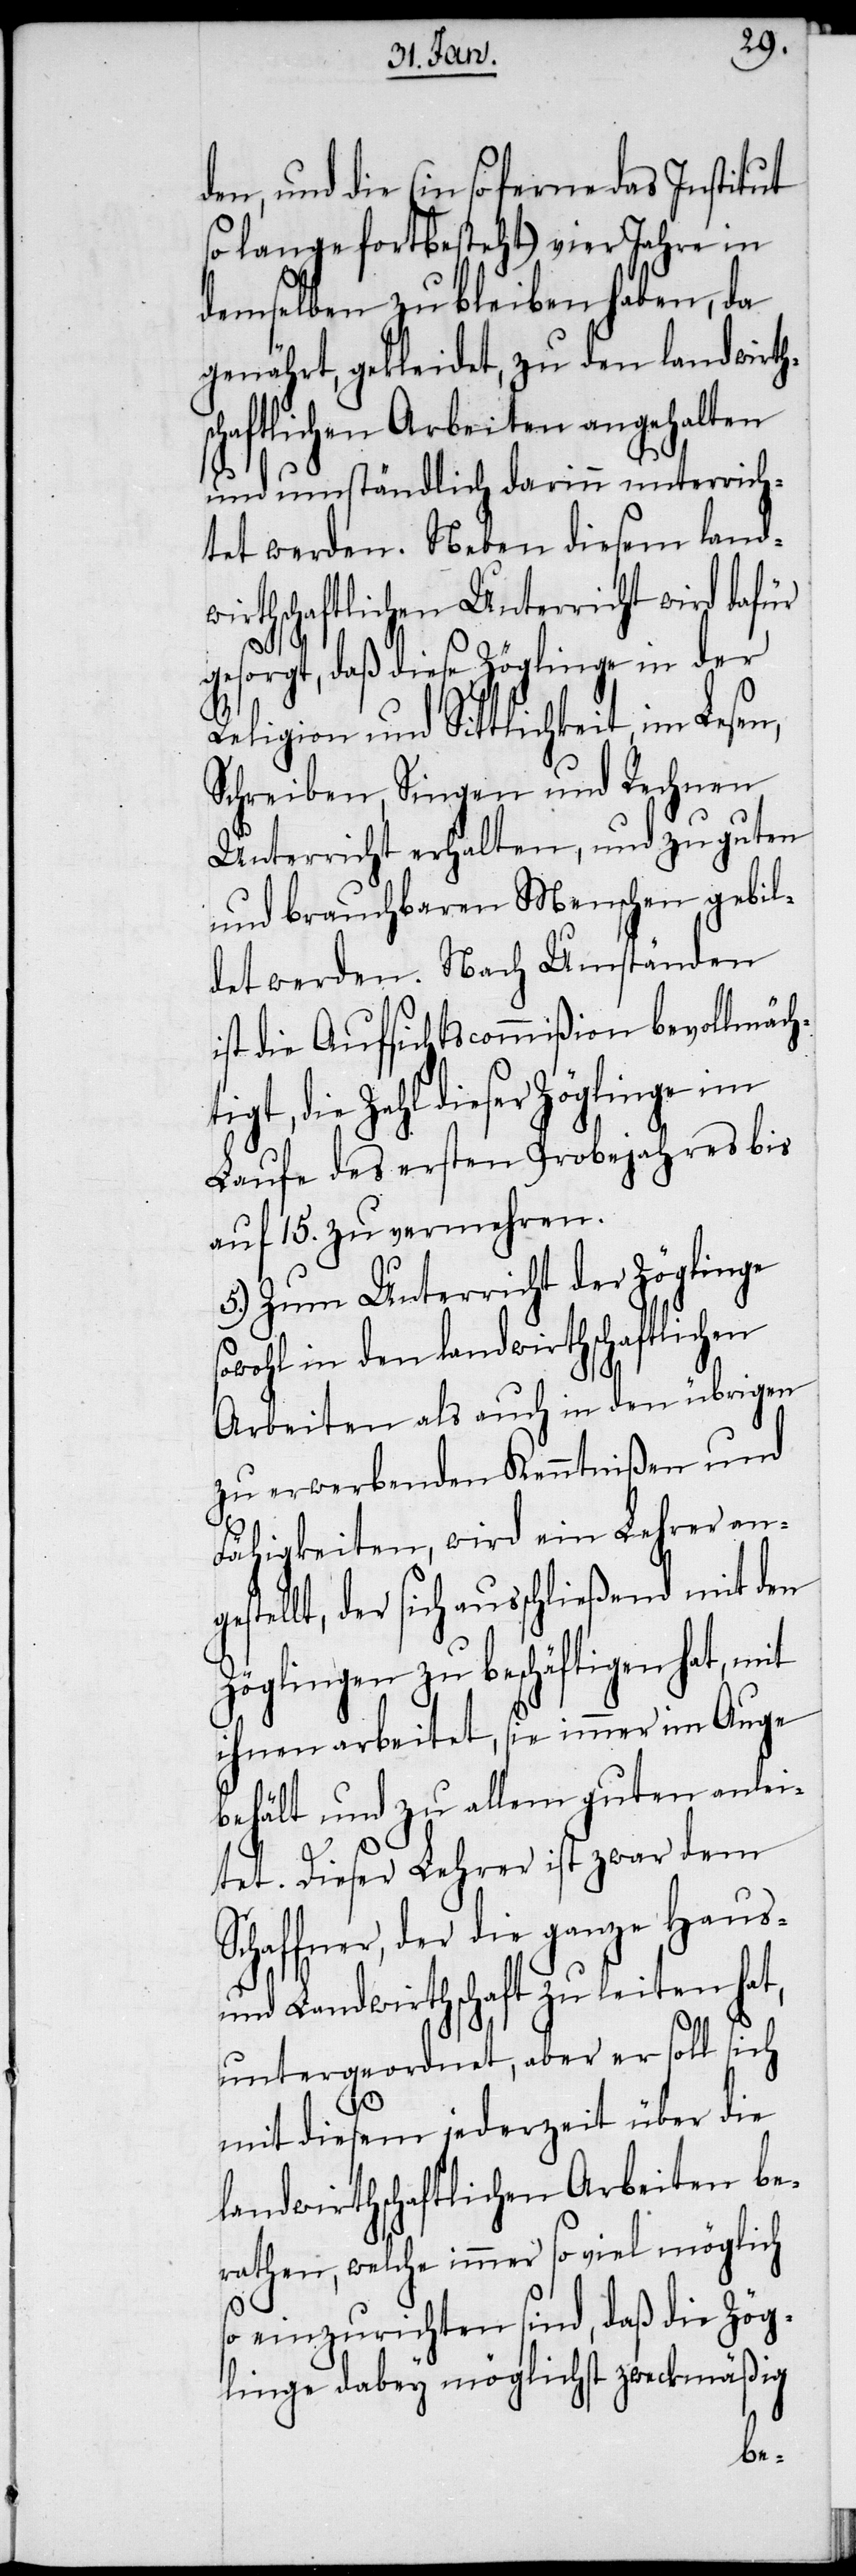
den, und die (in so ferne das Institut
so lange fortbesteht) vier Jahre in
demselben zu bleiben haben, da
genährt, gekleidet, zu den landwirths¬
chaftlichen Arbeiten angehalten
und umständlich darinn unterrich¬
tet werden. Neben diesem land¬
wirthschaftlichen Unterricht wird dafür
gesorgt, daß diese Zöglinge in der
Religion und Sittlichkeit, im Lesen,
Schreiben, Singen und Rechnen
Unterricht erhalten, und zu guten
und brauchbaren Menschen gebil¬
det werden. Nach Umständen
ist die Aufsichtscommißion bevollmäch¬
gt, die Zahl dieser Zöglinge im
Laufe des ersten Probejahres bis
auf 15. zu vermehren.
5.) Zum Unterricht der Zöglinge
owohl in den landwirthschaftlichen
Arbeiten als auch in den übrigen
zu erwerbenden Kenntnißen und
Fähigkeiten, wird ein Lehrer ange¬
stellt, der sich ausschließend mit den
Zöglingen zu beschäftigen hat, mit
ihnen arbeitet, sie immer im Auge
behält und zu allem guten anlei¬
tet. Dieser Lehrer ist zwar dem
chaffner, der die ganze Haus-
und Landwirthschaft zu leiten hat,
S¬
untergeordnet, aber er soll sich
mit diesem jederzeit über die
landwirthschaftlichen Arbeiten be¬
rathen, welche immer so viel möglich
so einzurichten sind, daß die Zög¬
linge dabey möglichst zweckmäßig
ti¬